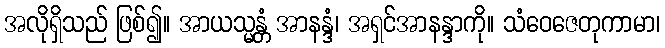
အလိုရှိသည် ဖြစ်၍။ အာယသ္မန္တံ အာနန္ဒံ၊ အရှင်အာနန္ဒာကို။ သံဝေဇေတုကာမာ၊